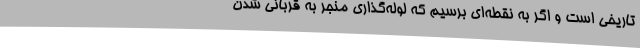
تاریخی است و اگر به نقطه‌ای برسیم که لوله‌گذاری منجر به قربانی شدن